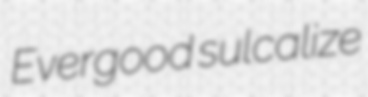
Evergood sulcalize